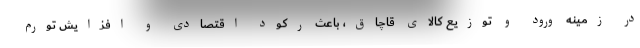
در زمینه ورود و توزیع کالای قاچاق، باعث رکود اقتصادی و افزایش تورم